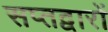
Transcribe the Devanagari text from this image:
सप्तद्वारों